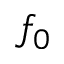
f _ { 0 }